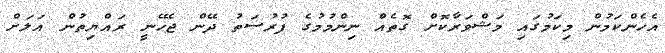
އެހެންކަމުން މިކަމުގައި މަޝްވަރާކޮށް ގޮތެއް ނިންމުމުގެ ފުރުސަތު ދޭން ޖެހޭނީ ރައްޔިތުން އަލަށް